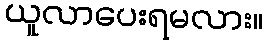
ယူလာပေးရမလား။